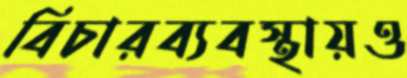
বিচারব্যবস্থায়ও